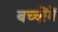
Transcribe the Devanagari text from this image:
बच्‍चोंमें